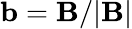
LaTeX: \mathbf{b}=\mathbf{B}/|\mathbf{B}|